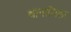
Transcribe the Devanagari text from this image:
थानाजिला